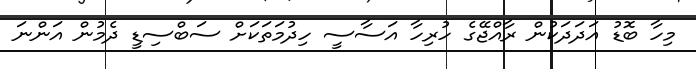
މިހާ ބޮޑު އަދަދަކުން ރާއްޖޭގެ ހުރިހާ އަސާސީ ހިދުމަތަކަށް ސަބްސިޑީ ދެމުން އަންނަ